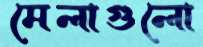
মেলাগুলো